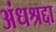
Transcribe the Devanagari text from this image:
अंधश्रद्दा